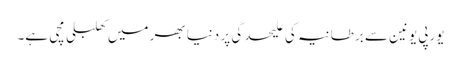
یورپی یونین سے برطانیہ کی علیحدگی پر دنیا بھر میں کھلبلی مچی ہے۔